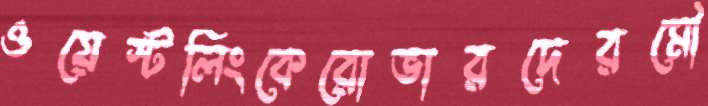
ওয়েস্টলিংকেরোভারদেরমৌ